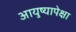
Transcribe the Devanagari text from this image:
आयुष्यापेक्षा